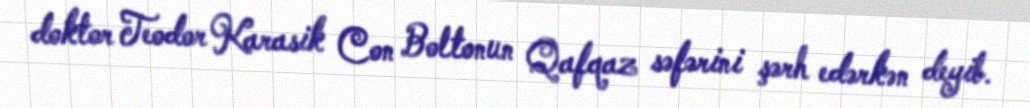
doktor Teodor Karasik Con Boltonun Qafqaz səfərini şərh edərkən deyib.